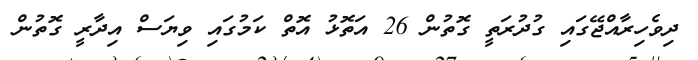
ދިވެހިރާއްޖޭގައި ގުދުރަތީ ގޮތުން 26 އަތޮޅު އޮތް ކަމުގައި ވިޔަސް އިދާރީ ގޮތުން